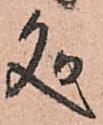
処